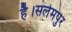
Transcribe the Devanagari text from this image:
है।सलेमपुर